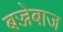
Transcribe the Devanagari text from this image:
बज्जेबाज